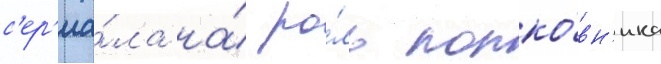
с'ер'иа́ла на́ ро́ль полко́вн'ика